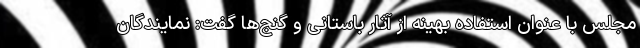
مجلس با عنوان استفاده بهینه از آثار باستانی و گنج‌ها گفت: نمایندگان